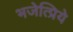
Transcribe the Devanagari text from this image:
भजेत्प्रिये